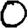
Digit: 0